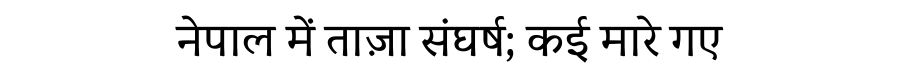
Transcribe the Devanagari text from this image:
नेपाल में ताज़ा संघर्ष; कई मारे गए